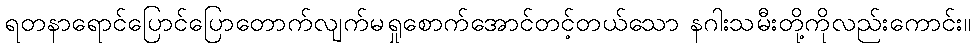
ရတနာရောင်ပြောင်ပြောတောက်လျက်မရှုစောက်အောင်တင့်တယ်သော နဂါးသမီးတို့ကိုလည်းကောင်း။